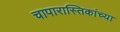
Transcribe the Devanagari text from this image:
चापारास्तिकांच्या